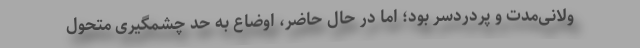
ولانی‌مدت و پردردسر بود؛ اما در حال حاضر، اوضاع به حد چشمگیری متحول